Report on the Civil Veterinary Department, Eastern Bengal and Assam - 1907-1911
Year: 1907
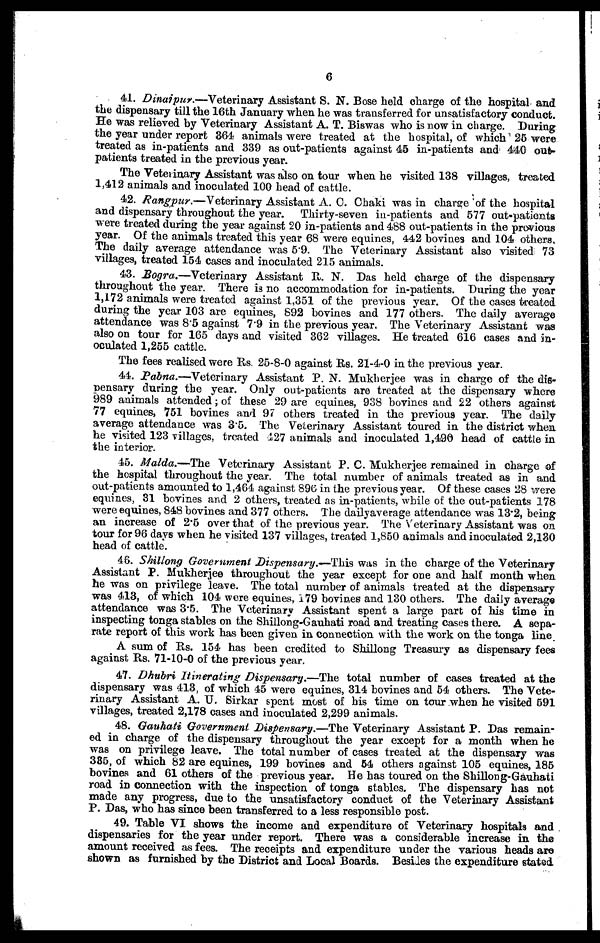
6
41. Dinaipur.—Veterinary Assistant S. N. Bose held charge of the hospital and
the dispensary till the 16th January when he was transferred for unsatisfactory conduct.
He was relieved by Veterinary Assistant A. T. Biswas who is now in charge. During
the year under report 364 animals were treated at the hospital, of which 25 were
treated as in-patients and 339 as out-patients against 45 in-patients and 440 out-
patients treated in the previous year.
The Veterinary Assistant was also on tour when he visited 138 villages, treated
1,412 animals and inoculated 100 head of cattle.
42. Rangpur.—Veterinary Assistant A. C. Chaki was in charge of the hospital
and dispensary throughout the year. Thirty-seven in-patients and 577 out-patients
were treated during the year against 20 in-patients and 488 out-patients in the previous
year. Of the animals treated this year 68 were equines, 442 bovines and 104 others.
The daily average attendance was 5'9. The Veterinary Assistant also visited: 73
villages, treated 154 cases and inoculated 215 animals.
43. Bogra.—Veterinary Assistant R. N. Das held charge of the dispensary
throughout the year. There is no accommodation for in-patients. During the year
1,172 animals were treated against 1,351 of the previous year. Of the cases treated
during the year 103 are equines, 892 bovines and 177 others. The daily average
attendance was 8.5 against 7'9 in the previous year. The Veterinary Assistant was
also on tour for 165 days and visited 362 villages. He treated 616 cases and in-
oculated 1,255 cattle.
The fees realised were Rs. 25-8-0 against Rs. 21-4-0 in the previous year.
44. Pabna.—Veterinary Assistant P. N. Mukherjee was in charge of the dis-
pensary during the year. Only out-patients are treated at the dispensary where
989 animals attended ; of these 29 are equines, 938 bovines and 22 others against
77 equines, 751 bovines and 97 others treated in the previous year. The daily
average attendance was 3.5. The Veterinary Assistant toured in the district when
he visited 123 villages, treated 427 animals and inoculated 1,490 head of cattle in
the interior.
45. Malda.—The Veterinary Assistant P. C. Mukherjee remained in charge of
the hospital throughout the year. The total number of animals treated as in and
out-patients amounted to 1,464 against 896 in the previous year. Of these cases 28 were
equines, 31 bovines and 2 others, treated as in-patients, while of the out-patients 178
were equines, 848 bovines and 377 others. The dailyaverage attendance was 13.2, being
an increase of 2.5 over that of the previous year. The Veterinary Assistant was on
tour for 96 days when he visited 137 villages, treated 1,850 animals and inoculated 2,130
head of cattle.
46. Shillong Government Dispensary.—This was in the charge of the Veterinary
Assistant P. Mukherjee throughout the year except for one and half month when
he was on privilege leave. The total number of animals treated at the dispensary
was 413, of which 104 were equines, 179 bovines and 130 others. The daily average
attendance was 3.5. The Veterinary Assistant spent a large part of his time in
inspecting tonga stables on the Shillong-Gauhati road and treating cases there. A sepa-
rate report of this work has been given in connection with the work on the tonga line.
A sum of Rs. 154 has been credited to Shillong Treasury as dispensary fees
against Rs. 71-10-0 of the previous year.
47. Dhubri Itinerating Dispensary.—The total number of cases treated at the
dispensary was 413, of which 45 were equines, 314 bovines and 54 others. The Vete-
rinary Assistant A. U. Sirkar spent most of his time on tour when he visited 591
villages, treated 2,178 cases and inoculated 2,299 animals.
48. Gauhati Government Dispensary.—The Veterinary Assistant P. Das remain-
ed in charge of the dispensary throughout the year except for a month when he
was on privilege leave. The total number of cases treated at the dispensary was
385, of which 82 are equines, 199 bovines and 54 others against 105 equines, 185
bovines and 61 others of the previous year. He has toured on the Shillong-Gauhati
road in connection with the inspection of tonga stables. The dispensary has not
made any progress, due to the unsatisfactory conduct of the Veterinary Assistant
P. Das, who has since been transferred to a less responsible post.
49. Table VI shows the income and expenditure of Veterinary hospitals and ,
dispensaries for the year under report. There was a considerable increase in the
amount received as fees. The receipts and expenditure under the various heads are
shown as furnished by the District and Local Boards. Besides the expenditure stated